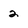
Character: 2